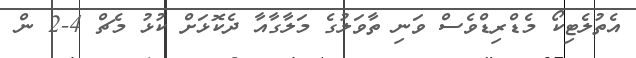
އެތުލެޓިކޯ މެޑްރިޑްވެސް ވަނި ތާވަލުގެ މަލާގާއާ ދެކޮޅަށް ކުޅު މެޗް 4-2 ން